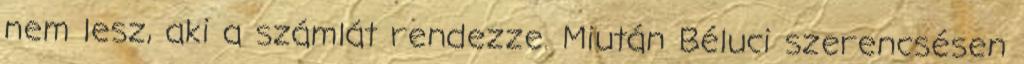
nem lesz, aki a számlát rendezze. Miután Béluci szerencsésen